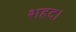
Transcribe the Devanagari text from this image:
शहद।